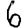
Digit: 6